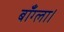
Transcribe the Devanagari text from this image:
बाँग्ला।